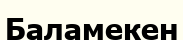
Баламекен